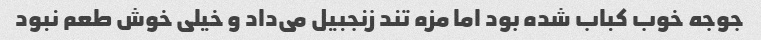
جوجه خوب کباب شده بود اما مزه تند زنجبیل می‌داد و خیلی خوش طعم نبود